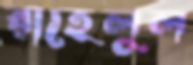
রাহেলুল